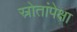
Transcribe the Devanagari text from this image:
स्रोतांपेक्षा